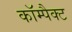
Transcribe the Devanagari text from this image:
काॅम्पैक्ट